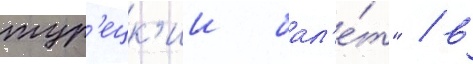
тур'ецк'ии бал'е́т" / в